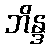
ဘိန္ဒ